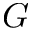
G